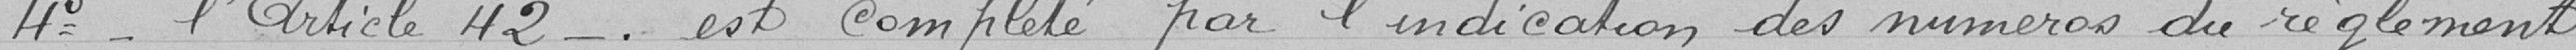
4°: l'article 42 est complété par l'indication des numéros du règlement